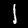
Label: 1